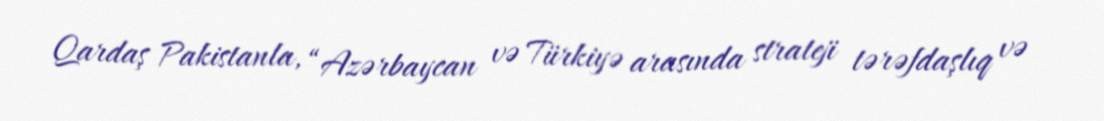
Qardaş Pakistanla, “Azərbaycan və Türkiyə arasında strateji tərəfdaşlıq və